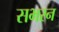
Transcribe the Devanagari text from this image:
सभरन